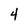
Character: 4